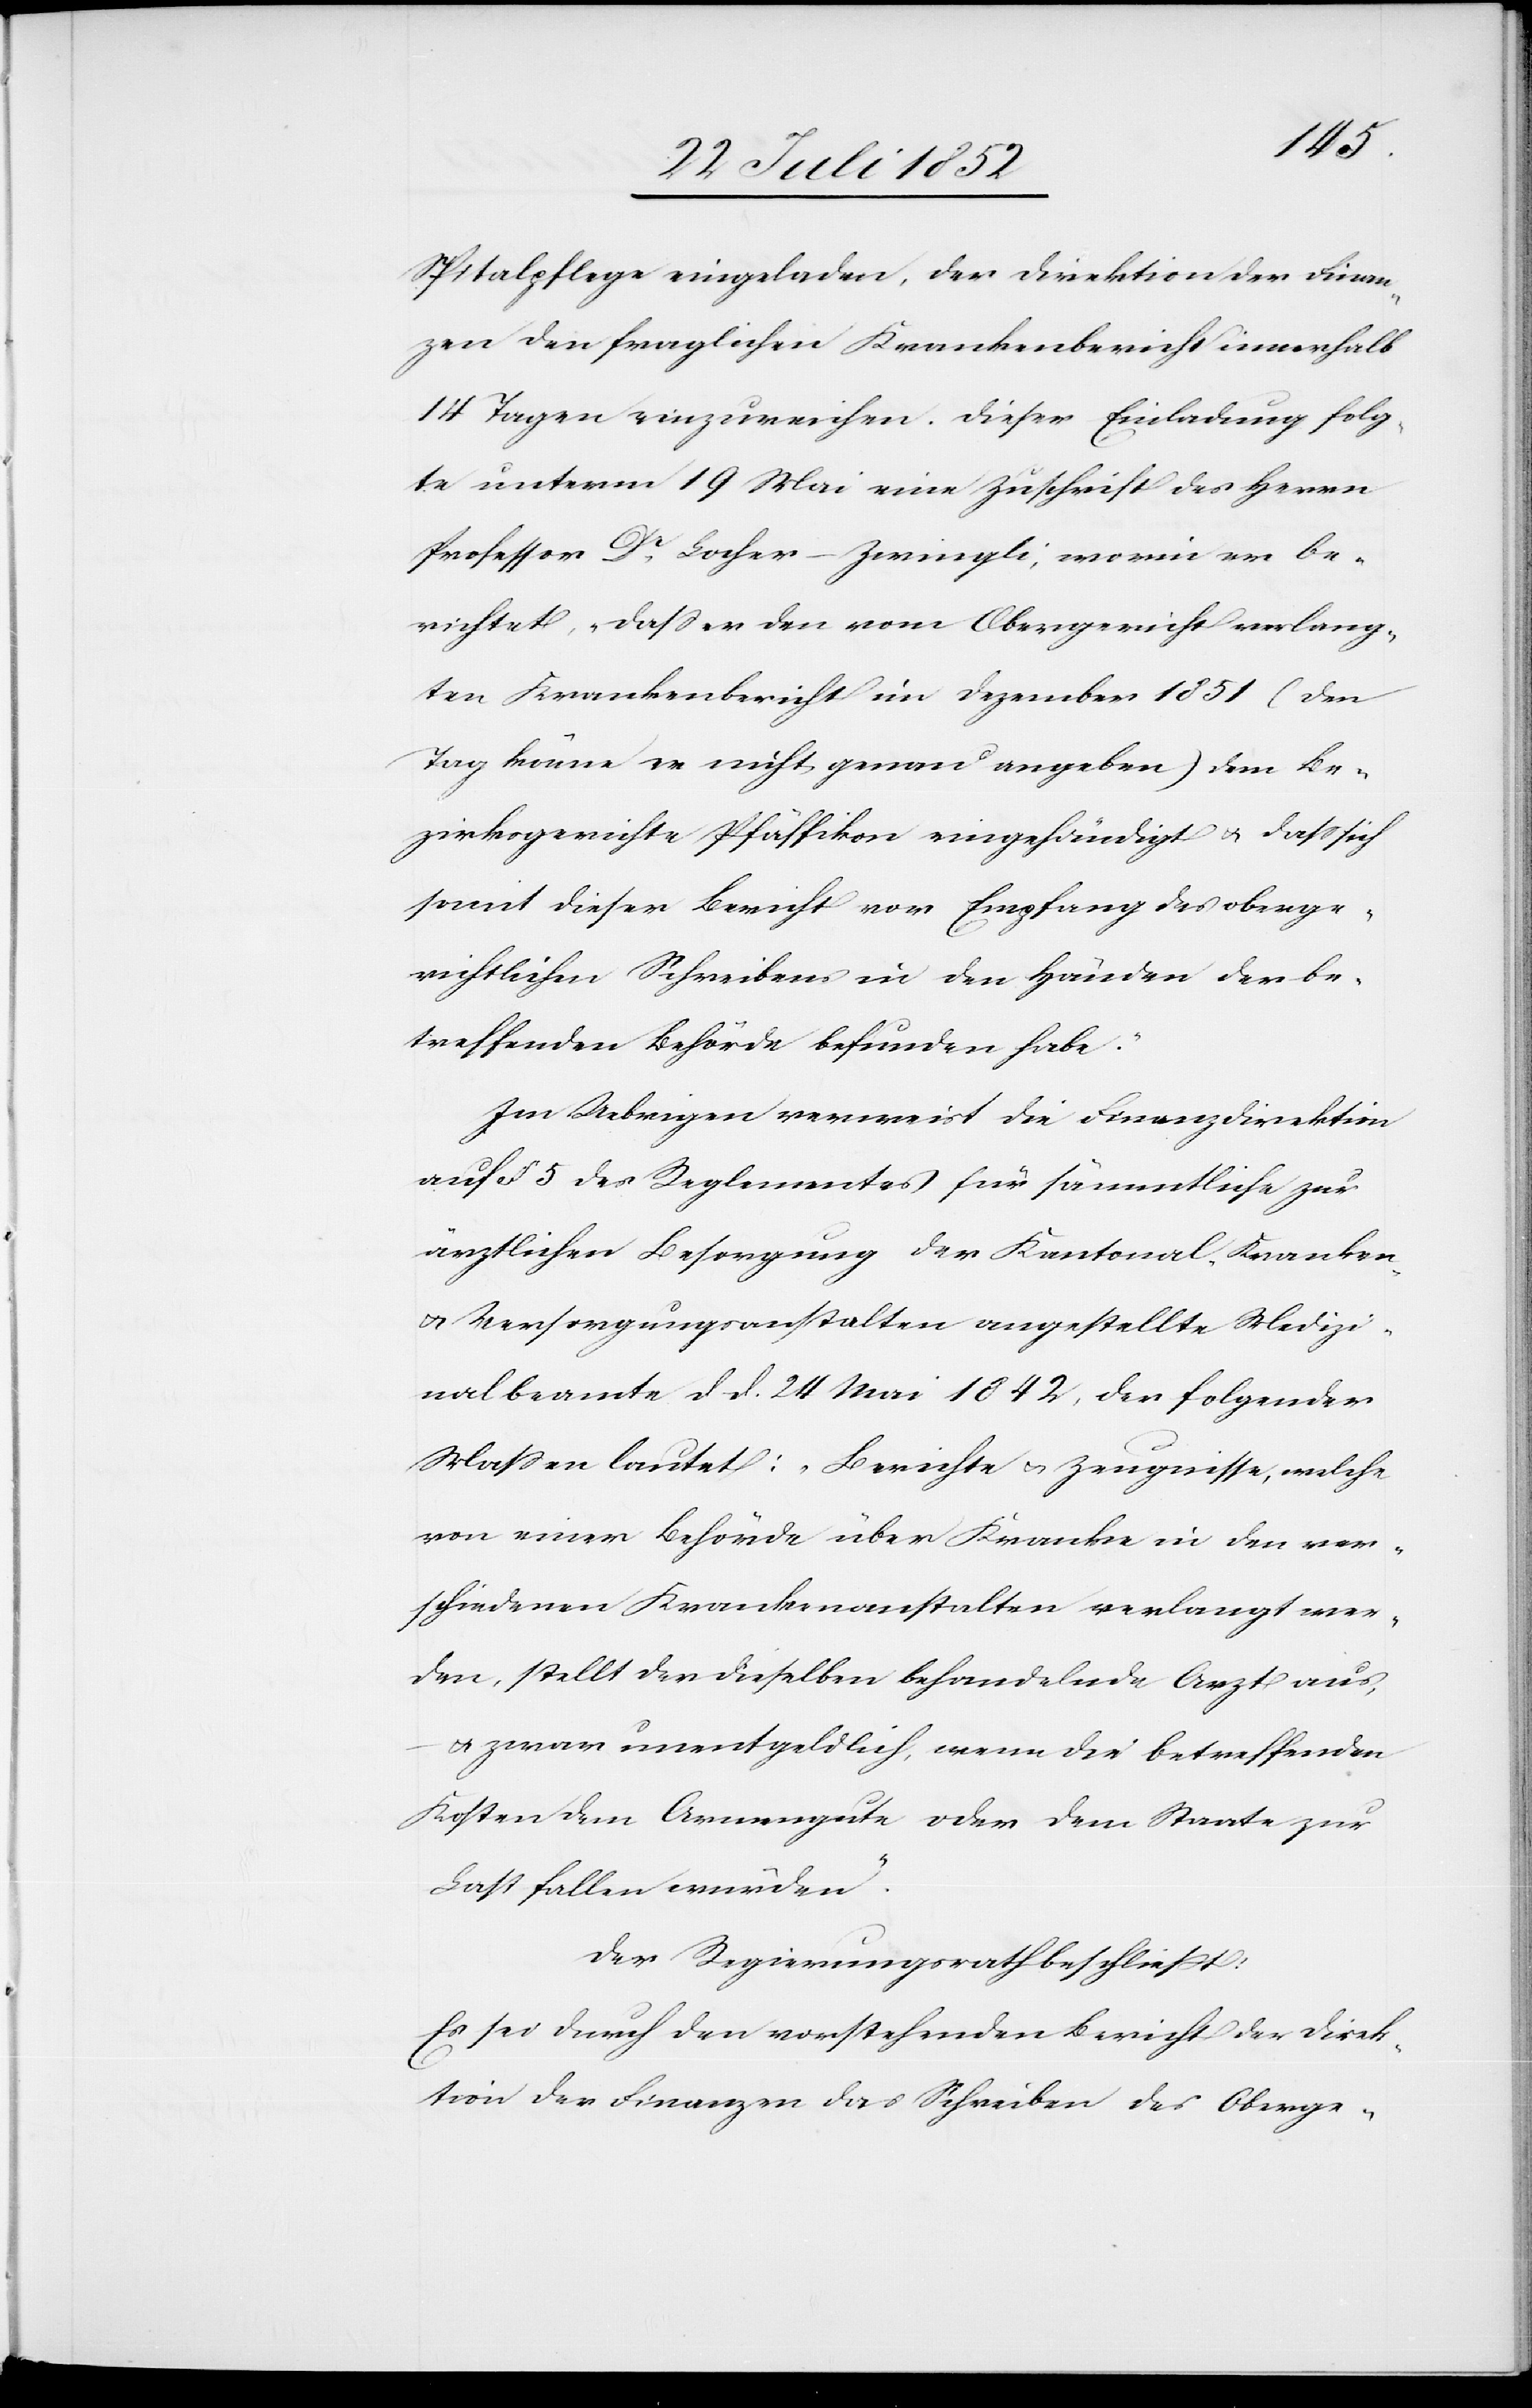
Spitalpflege eingeladen, der Direktion der Finan¬
zen den fraglichen Krankenbericht innerhalb
14 Tagen einzureichen. Dieser Einladung folg¬
te unterm 19 Mai eine Zuschrift des Herrn
Professor Dr. Locher-Zwingli, worin er be¬
richtet, „dass er den vom Obergericht verlang¬
ten Krankenbericht im Dezember 1851 (den
Tag könne er nicht genau angeben) dem Be¬
zirksgerichte Pfäffikon eingehändigt & dass sich
somit dieser Bericht vor Empfang des oberge¬
richtlichen Schreibens in den Händen der be¬
treffenden Behörde befunden habe.“
Im Uebrigen verweist die Finanzdirektion
auf § 5 des Reglementes für sämmtliche zur
ärztlichen Besorgung der Kantonal-Kranken-
& Versorgungsanstalten angestellte Medizi¬
nalbeamte d d. 24 Mai 1842, der folgender
Massen lautet: „Berichte & Zeugnisse, welche
von einer Behörde über Kranke in den ver¬
schiedenen Krankenanstalten verlangt wer¬
den, stellt der dieselben behandelnde Arzt aus,
& zwar unentgeldlich, wenn die betreffenden
Kosten dem Armengute oder dem Staate zur
Last fallen würden.“
Der Regierungsrath beschließt:
Es sei durch den vorstehenden Bericht der Direk¬
tion der Finanzen das Schreiben des Oberge-